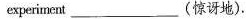
experiment_________(惊讶地).